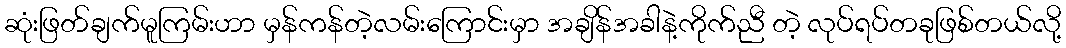
ဆုံးဖြတ်ချက်မူကြမ်းဟာ မှန်ကန်တဲ့လမ်းကြောင်းမှာ အချိန်အခါနဲ့ကိုက်ညီ တဲ့ လုပ်ရပ်တခုဖြစ်တယ်လို့